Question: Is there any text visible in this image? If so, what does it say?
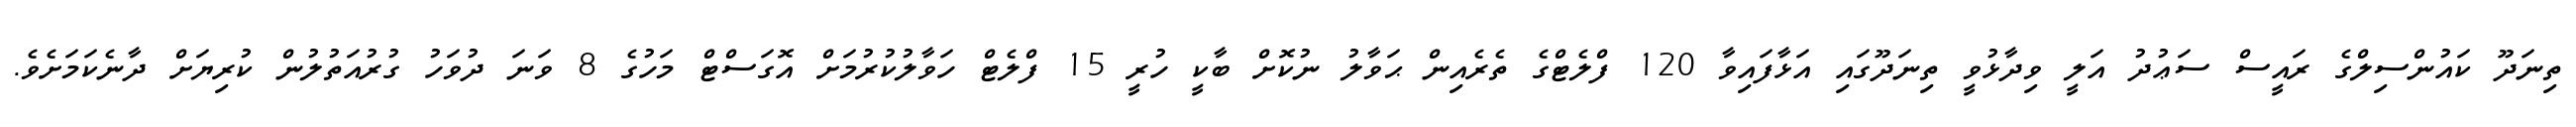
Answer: ތިނަދޫ ކައުންސިލްގެ ރައީސް ސަޢުދު އަލީ ވިދާޅުވީ ތިނަދޫގައި އަޅާފައިވާ 120 ފްލެޓްގެ ތެރެއިން ޙަވާލު ނުކޮށް ބާކީ ހުރީ 15 ފްލެޓް ހަވާލުކުރުމަށް އޮގަސްޓް މަހުގެ 8 ވަނަ ދުވަހު ގުރުއަތުލުން ކުރިޔަށް ދާނެކަމަށެވެ.